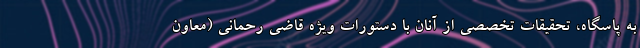
به پاسگاه، تحقیقات تخصصی از آنان با دستورات ویژه قاضی رحمانی (معاون